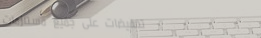
تخفيضات على جميع مستلزمات